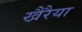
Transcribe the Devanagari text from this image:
खैरैया